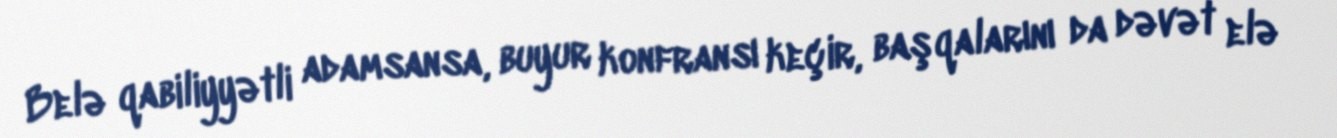
Belə qabiliyyətli adamsansa, buyur konfransı keçir, başqalarını da dəvət elə